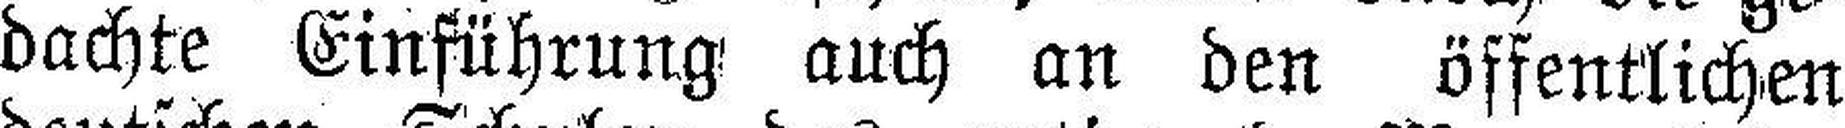
dachte Einführung auch an den öffentlichen